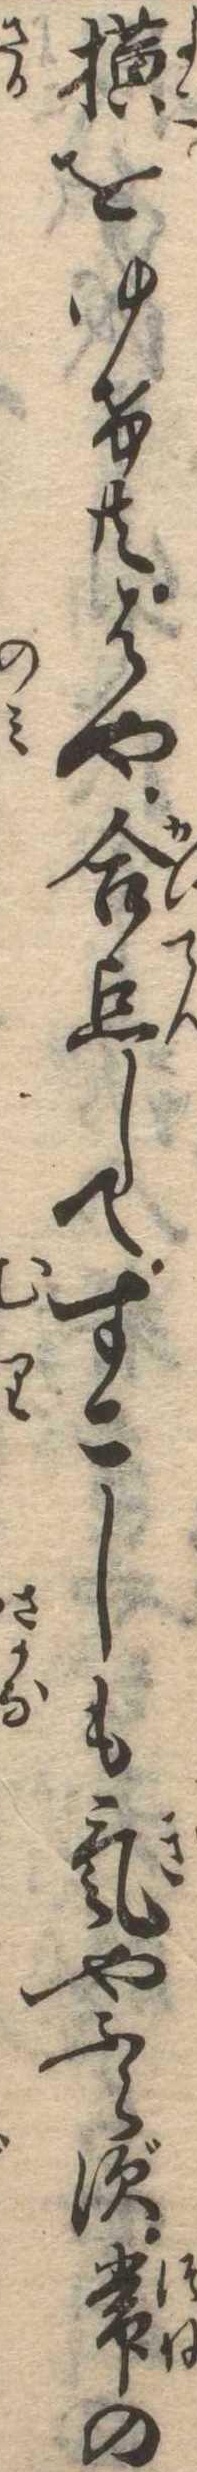
横をゆけ共はや合点してすこしも気やふらず常の